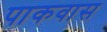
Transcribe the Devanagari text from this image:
पाकवास